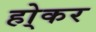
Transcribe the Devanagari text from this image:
हो्कर